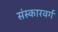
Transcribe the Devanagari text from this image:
संस्कारवर्ग